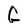
Character: G